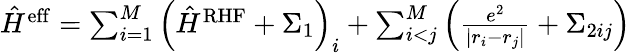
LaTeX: \begin{array}{r}{\hat{H}^{\mathrm{eff}}=\sum_{i=1}^{M}\left(\hat{H}^{\mathrm{RHF}}+\Sigma_{1}\right)_{i}+\sum_{i<j}^{M}\left(\frac{e^{2}}{|r_{i}-r_{j}|}+\Sigma_{2ij}\right)}\end{array}